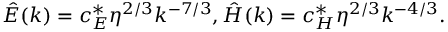
\hat { E } ( k ) = c _ { E } ^ { * } \eta ^ { 2 / 3 } k ^ { - 7 / 3 } , \hat { H } ( k ) = c _ { H } ^ { * } \eta ^ { 2 / 3 } k ^ { - 4 / 3 } .